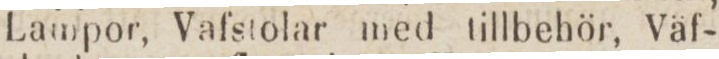
Lampor, Vafstolar med tillbehör, Väf-